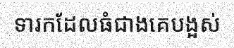
ទារកដែលធំជាងគេបង្អស់